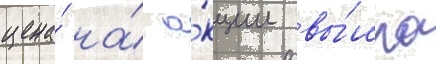
цена́ на́ а́кции вы́шла